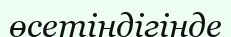
өсетіндігінде